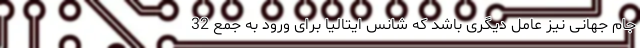
جام جهانی نیز عامل دیگری باشد که شانس ایتالیا برای ورود به جمع 32